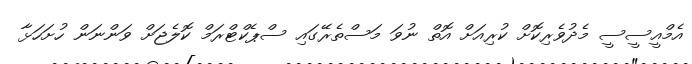
އެމްއީސީސީ މެދުވެރިކޮށް ކުރިއަށް އޮތް ނުވަ މަސްތެރޭގައި ސްޕެކްޓްރަމް ކޮލެޖަށް ވަންނަން ހުށަހަޅާ